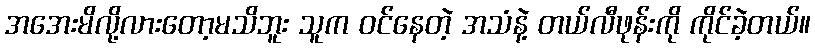
အအေးမိလို့လားတော့မသိဘူး သူက ဝင်နေတဲ့ အသံနဲ့ တယ်လီဖုန်းကို ကိုင်ခဲ့တယ်။